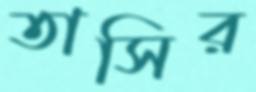
তাসির